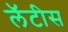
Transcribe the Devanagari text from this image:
लॅटीस